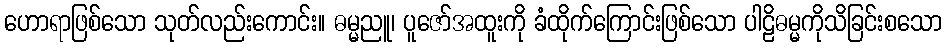
ဟောရာဖြစ်သော သုတ်လည်းကောင်း။ ဓမ္မညူ၊ ပူဇော်အထူးကို ခံထိုက်ကြောင်းဖြစ်သော ပါဠိဓမ္မကိုသိခြင်းစသော